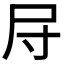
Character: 𱚱